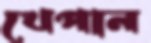
খেপান